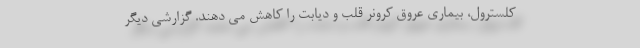
کلسترول، بیماری عروق کرونر قلب و دیابت را کاهش می دهند. گزارشی دیگر